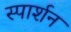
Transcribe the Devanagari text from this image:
स्पार्शन